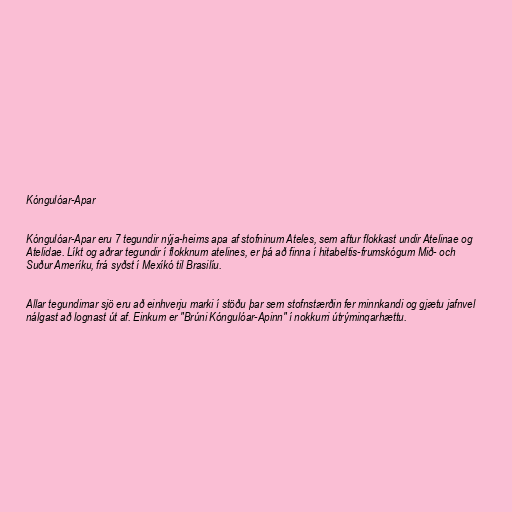
Kóngulóar-Apar

Kóngulóar-Apar eru 7 tegundir nýja-heims apa af stofninum Ateles, sem aftur flokkast undir Atelinae og
Atelidae. Líkt og aðrar tegundir í flokknum atelines, er þá að finna í hitabeltis-frumskógum Mið- och
Suður Ameríku, frá syðst í Mexíkó til Brasilíu.

Allar tegundirnar sjö eru að einhverju marki í stöðu þar sem stofnstærðin fer minnkandi og gjætu jafnvel
nálgast að lognast út af. Einkum er "Brúni Kóngulóar-Apinn" í nokkurri útrýminqarhættu.